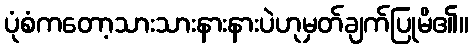
ပုံစံကတော့သားသားနားနားပဲဟုမှတ်ချက်ပြုမိ၏။